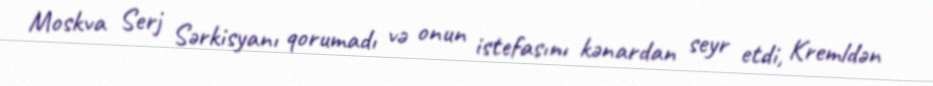
Moskva Serj Sərkisyanı qorumadı və onun istefasını kənardan seyr etdi, Kremldən